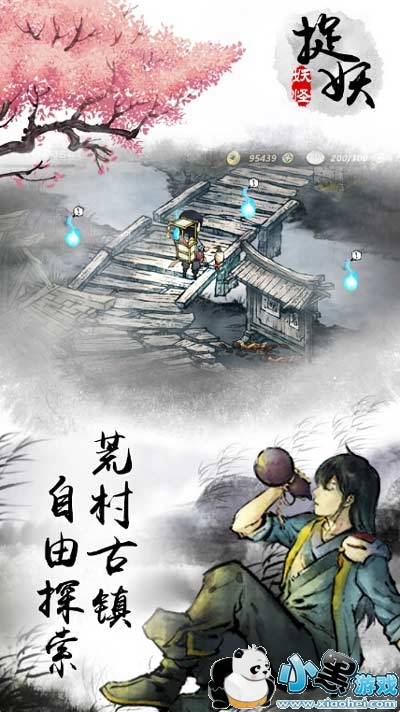
古刹疏钟度，遥岚破月悬。